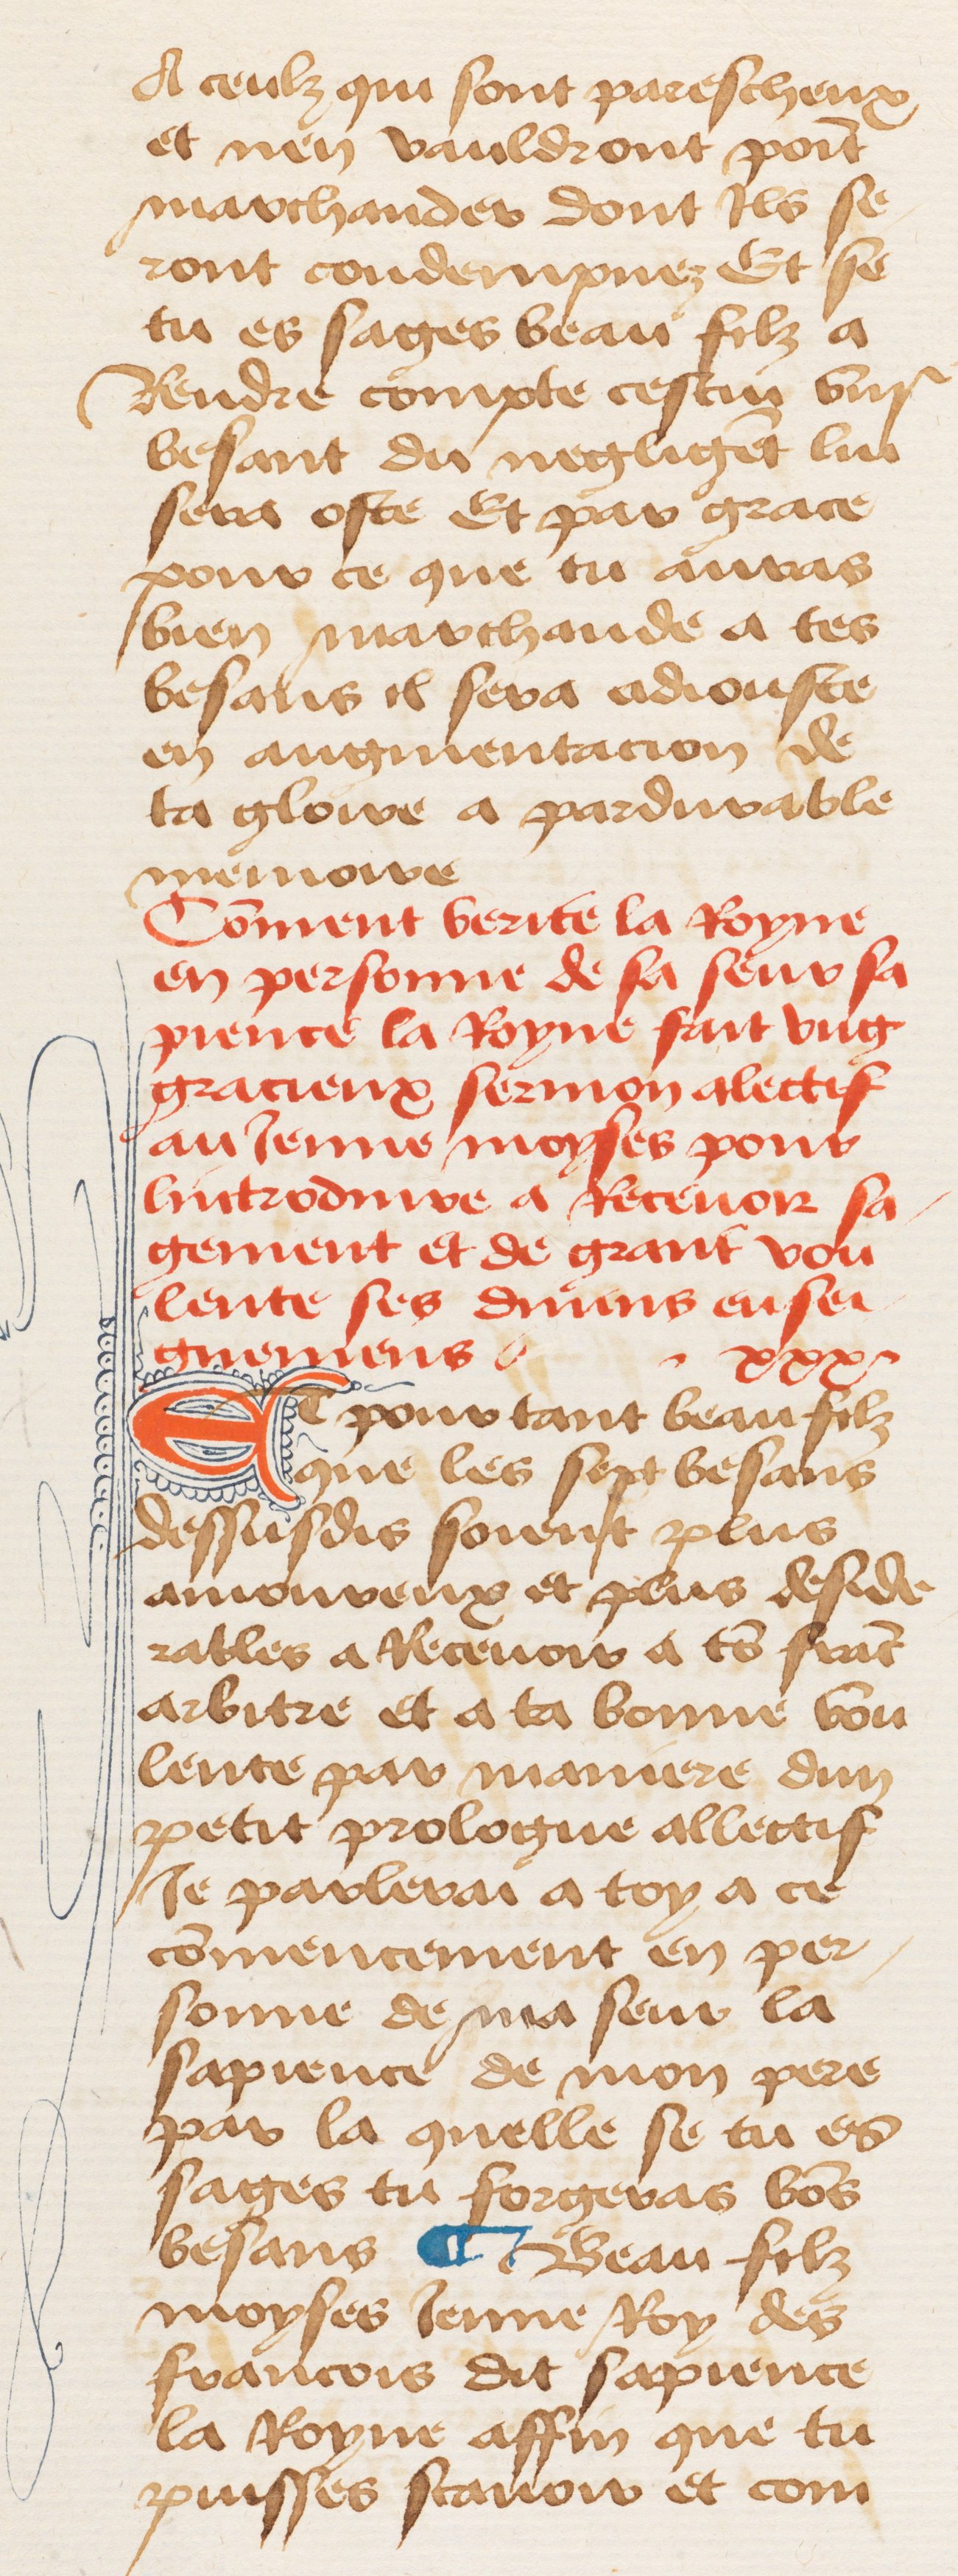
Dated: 1460–1470